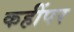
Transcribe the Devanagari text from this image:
कहींपर